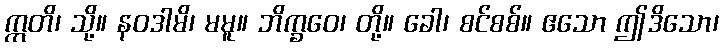
ဣတိ၊ သို့။ နဝဒါမိ၊ မမူ။ ဘိက္ခဝေ၊ တို့။ ခေါ၊ စင်စစ်။ ဧသော ဤဒိသော၊